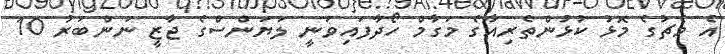
އެ މެޗުގެ މޮޅު ކުޅުންތެރިއާގެ މަގާމް ހޯދާފައިވަނީ ލަޔަންސްގެ ޖާޒީ ނަންބަރު 10